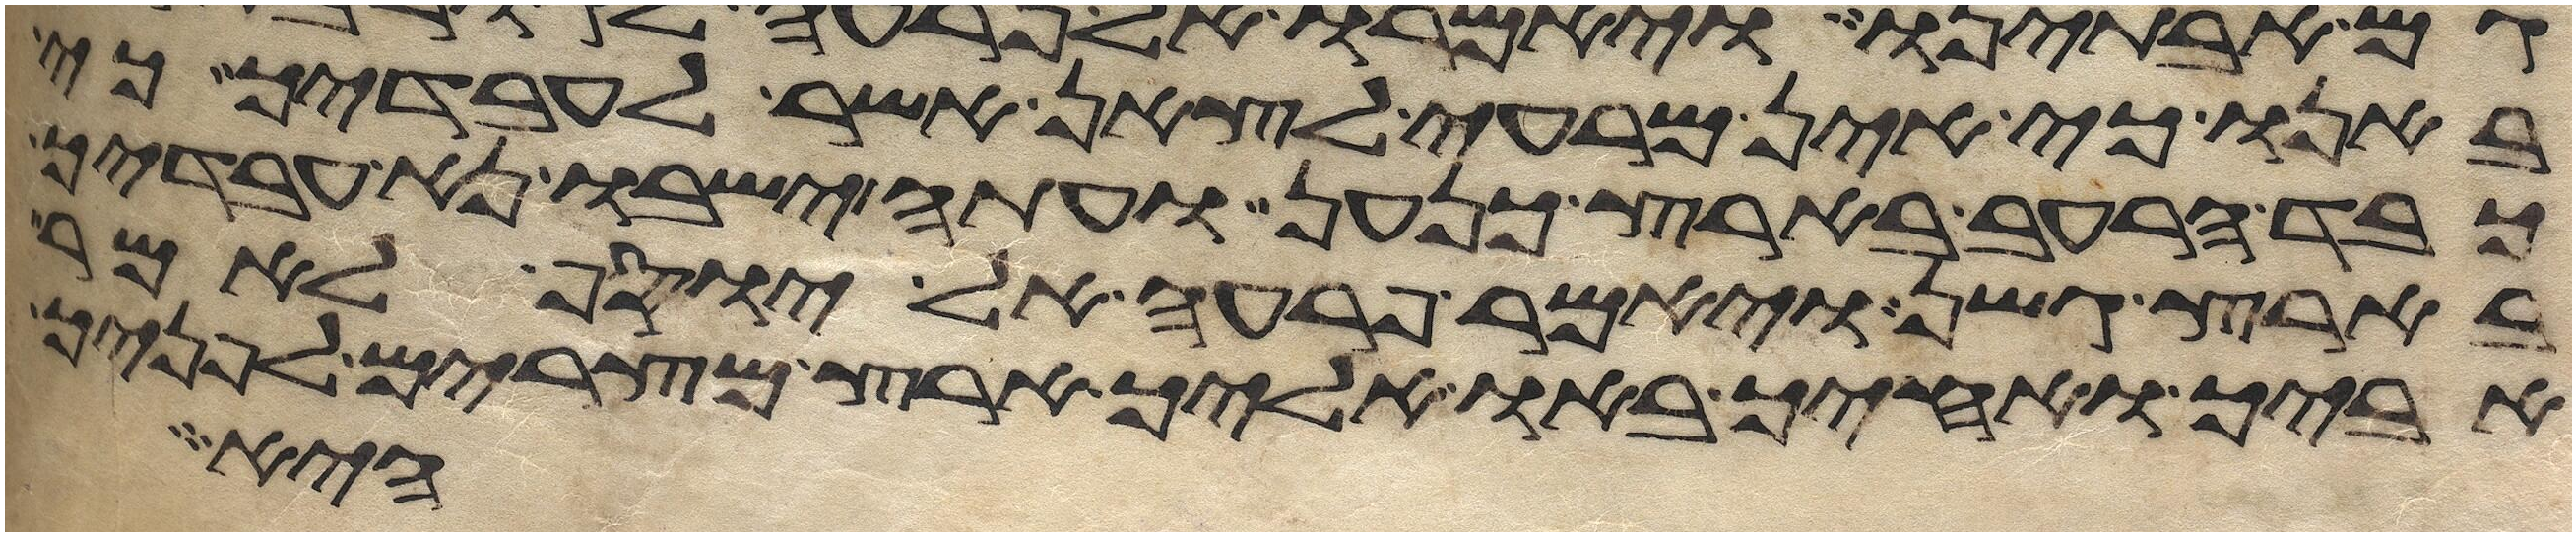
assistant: באנו כי אין מרעה לצאן אשר לעבדיך כי
כבד הרעב בארץ כנען ועתה ישבו נא עבדיך
בארץ גשן ויאמר פרעה אל יוסף לאמר
אביך ואחיך באו אליך ארץ מצרים לפניך
היא